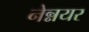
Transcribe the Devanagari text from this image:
नेन्नयर